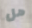
هل